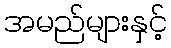
အမည်များနှင့်